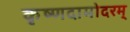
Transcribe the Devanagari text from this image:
कृष्णदामोदरम्